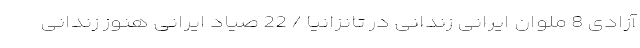
آزادی 8 ملوان ایرانی زندانی در تانزانیا / 22 صیاد ایرانی هنوز زندانی